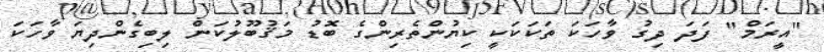
"އީރަމް" ފަދަ ދިގު ވާހަކަ ތަކަކަކީ ކިޔުންތެރިންގެ ބޮޑު މަޤުބޫލުކަން ލިބިގެންދިޔަ ވާހަކަ